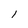
Character: 1